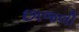
છાજલી